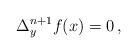
LaTeX: \begin{align*}\Delta_y^{n+1} f(x)=0\,,\end{align*}